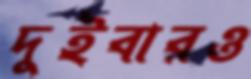
দুইবারও